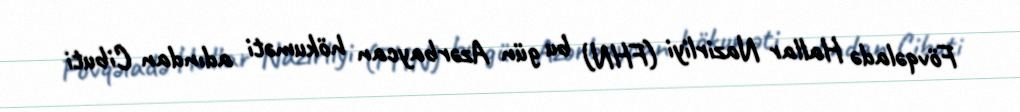
Fövqəladə Hallar Nazirliyi (FHN) bu gün Azərbaycan hökuməti adından Cibuti